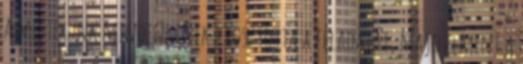
a mesterünk mindenkinek kiosztotta a feladatát, majd elment a